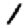
Digit: 1